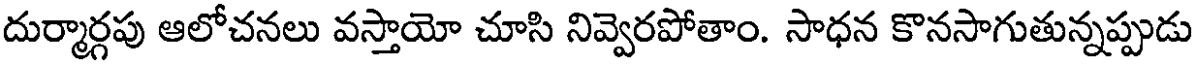
దుర్మార్గపు ఆలోచనలు వస్తాయో చూసి నివ్వెరపోతాం. సాధన కొనసాగుతున్నప్పుడు